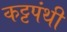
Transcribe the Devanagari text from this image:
कट्टपंथी